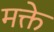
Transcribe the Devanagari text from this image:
मक्ते